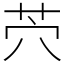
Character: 茓